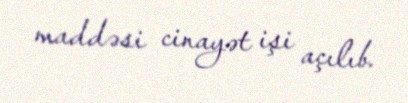
maddəsi cinayət işi açılıb.